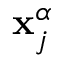
\mathbf { x } _ { j } ^ { \alpha }